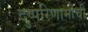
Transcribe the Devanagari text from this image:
दुष्परिणामांची